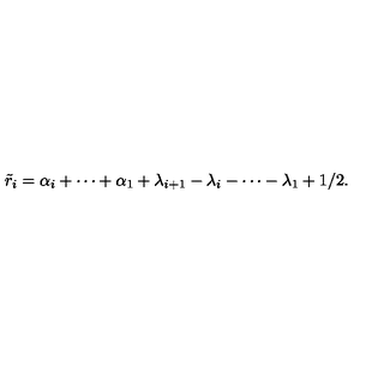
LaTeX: \tilde { r } _ { i } = \alpha _ { i } + \cdots + \alpha _ { 1 } + \lambda _ { i + 1 } - \lambda _ { i } - \cdots - \lambda _ { 1 } + 1 / 2 .